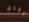
مؤذي